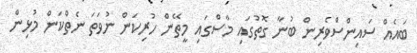
ބައެއް ސައިންސްވެރިން ބުނާ ގޮތުގައި މާސްގައި މީތޭން ހުރިކަން ނުވަތަ ނެތްކަން މުޅިން